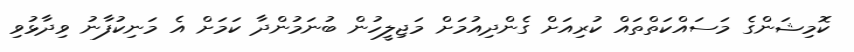
ކޮމިޝަންގެ މަސައްކަތްތައް ކުރިއަށް ގެންދިއުމަށް މަޖިލީހުން ބުނަމުންދާ ކަމަށް އެ މަނިކުފާނު ވިދާޅުވި